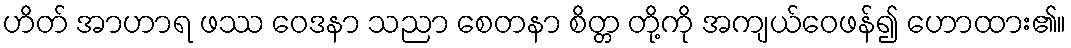
ဟိတ် အာဟာရ ဖဿ ဝေဒနာ သညာ စေတနာ စိတ္တ တို့ကို အကျယ်ဝေဖန်၍ ဟောထား၏။